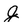
Character: j